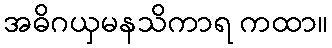
အဓိဂယှမနသိကာရ ကထာ။